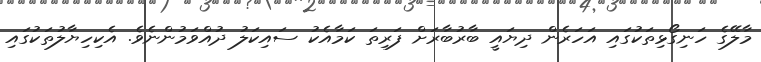
މާލޭގެ ހަނިގޯޅިތަކުގައި އަހަރެން ދިޔައީ ބާރުބާރަށް ފަރިތަ ކަމާއެކު ސައިކަލު ދުއްވަމުންނެވެ. އެކިހިޔާލުތަކުގައި